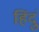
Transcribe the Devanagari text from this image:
हिंदुं